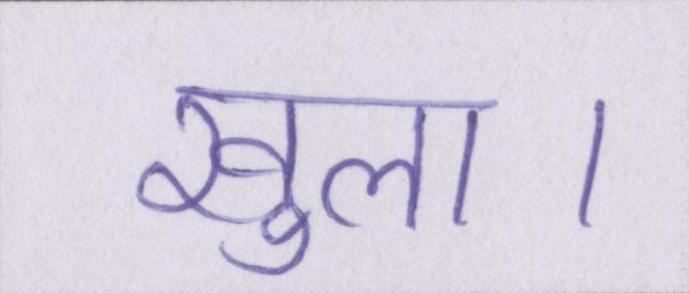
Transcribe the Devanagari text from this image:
खुला।